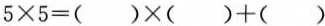
$$5\times 5=( )\times ( )+( )$$